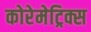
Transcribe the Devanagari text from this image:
कोरेमेट्रिक्स